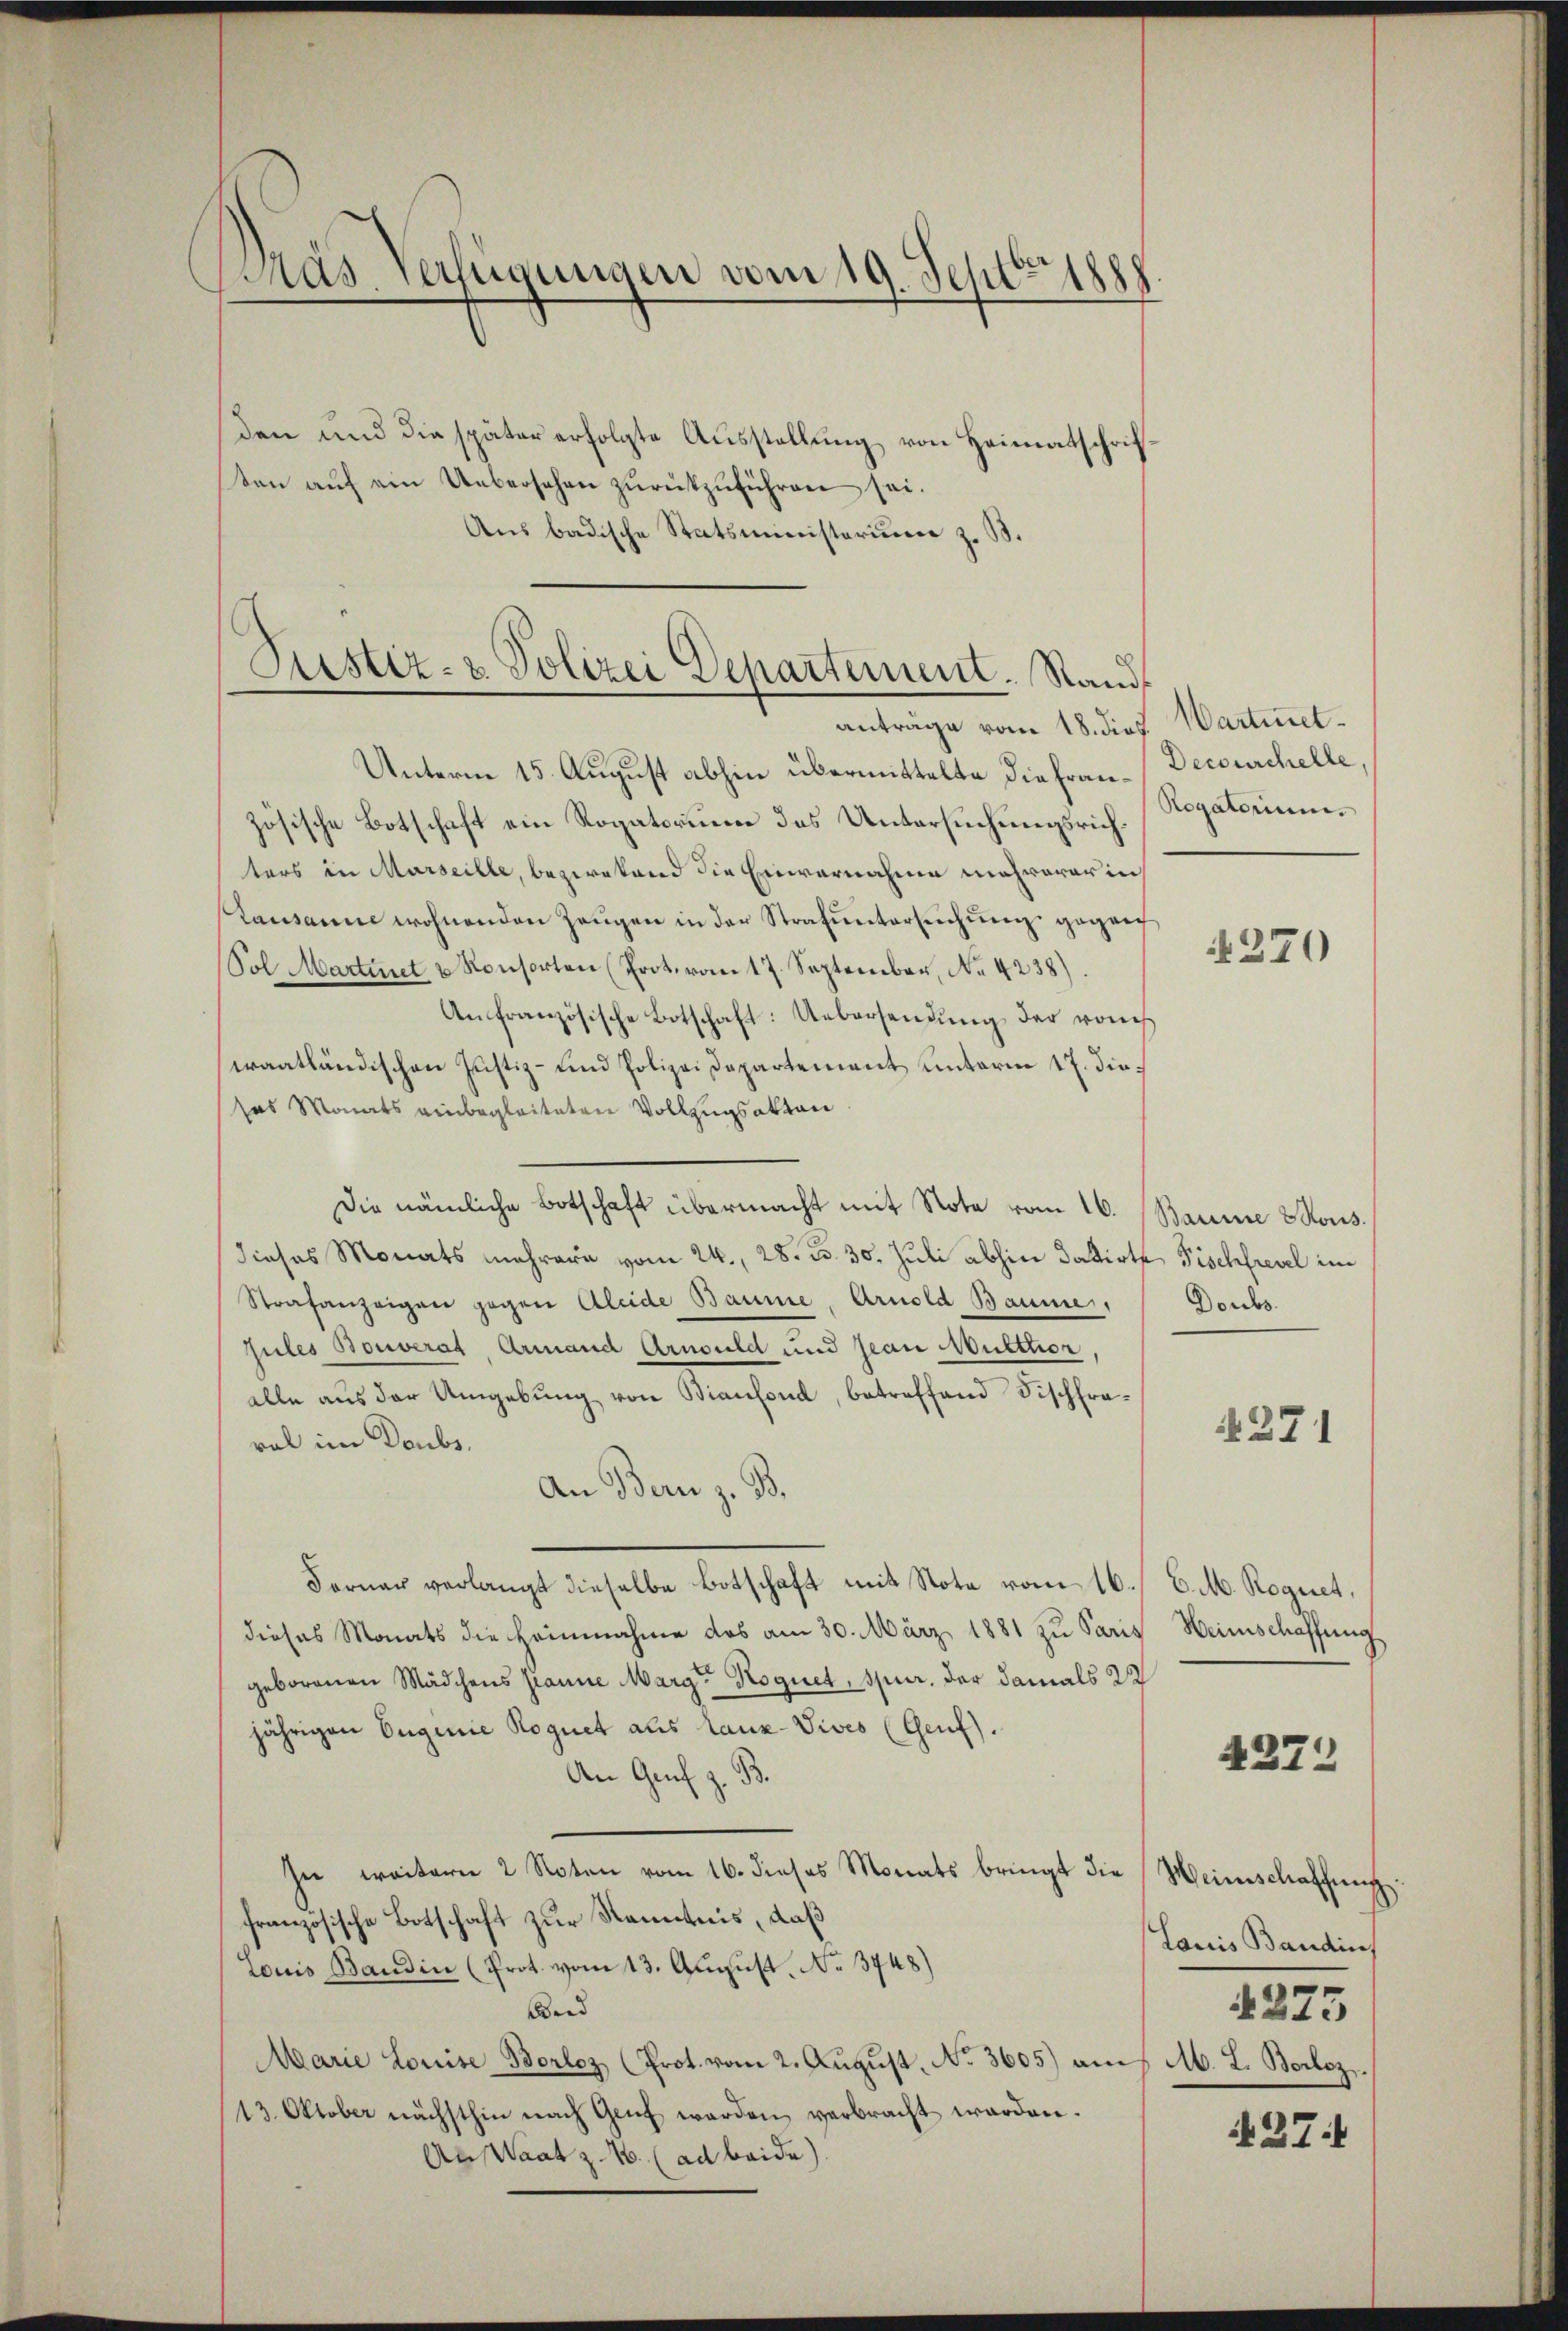
Pas. Verfügungen vom 19. Sept. 1888.

den und die später erfolgte Ausstellung von Heimatschriften aŭf ein Uebersehen zŭrükzuführen sei.
Ans badische Statsministerium z. B.

Justiz- & Polizei Departement. Rand

anträge vom 18. dies
Unterm 15. August abhin übermittelte die französische Botschaft ein Rogatorium des Untersuchungsrichters in Marseille, bezwetend die Einvernahme mehrererin
Lausanne wohnenden Zeugen in der Strafuntersuchung gegen
Sol Martinet u Konsorten (Prot. vom 17. September, No. 4238).
An französische Botschaft: Uebersendŭng der von
wraatländischen Justiz- und Polizei Departement unterm 17. diesas Monats einbegleiteten Vollzugsakten
Die nämliche Botschaft übermacht mit Note vom 16.
dieses Monats mehrere vom 24. 28. d. 30. Juli abhin datirte Fischfrevel im
Strafanzeigen gegen Aleide Baume, Arnold Baume,
Gules Bouverat, Armand Arnould und Jean Mutthor.
alle aus der Umgebung von Bianfond, betreffend Fischfraral im Doubs.
An Bern z. B.
Ferner verlangt dieselbe Botschaft mit Note vom 16./ C. M. Rogiret,
dieses Monats die Heinnahme das am 30. März 1881 zu Paris
geborenen Mädchens franne Marg Roguet, Spur, der damals 20
jährigen Eugenie Roguet als Lanz-Vives (Genf).
An Genf z. B.
see weitern 2 Noten vom 16. dieses Monats bringt die
französische Botschaft zur Kenntnis, daß
couis Bandin (Prot. vom 13. August. No. 3748)
Bnnd
Marie Louise Borlez (Prot. vom 2. August, No 3605) an M. L. Borloz.
13. Oktober nächsthin nach Genf werden verbracht werden.
An Waat z. B. (ad beide).

Wartinet¬
Decourchelle,
Rogatorium.

270

Bauine Rous.
Doubs.

§271

Weinschaffung

4274

Weinschaffung.
Lauis Bandin
4275

427.